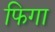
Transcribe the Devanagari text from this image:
फिगा